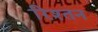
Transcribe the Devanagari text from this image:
रिश्तन